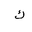
Letter: _kaf